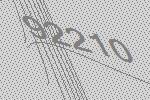
92210